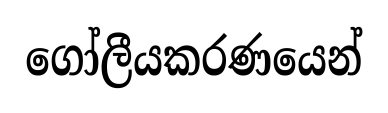
ගෝලීයකරණයෙන්